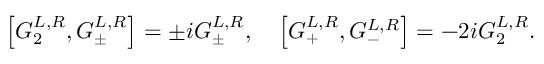
\left[ G _ { 2 } ^ { L , R } , G _ { \pm } ^ { L , R } \right] = \pm i G _ { \pm } ^ { L , R } , \quad \left[ G _ { + } ^ { L , R } , G _ { - } ^ { L , R } \right] = - 2 i G _ { 2 } ^ { L , R } .